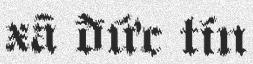
xã đức tín